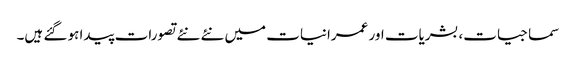
سماجیات، بشریات اور عمرانیات میں نئے نئے تصورات پیدا ہو گئے ہیں۔